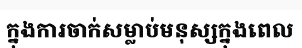
ក្នុងការចាក់សម្លាប់មនុស្សក្នុងពេល